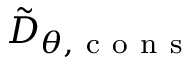
\tilde { D } _ { \theta , \mathrm { ~ c ~ o ~ n ~ s ~ } }